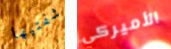
شفتيها الأميركي